Annual report of the Bengal Veterinary College and of the Civil Veterinary Department, Bengal, for the year 1899-1900 - 1899-1900
Year: 1899
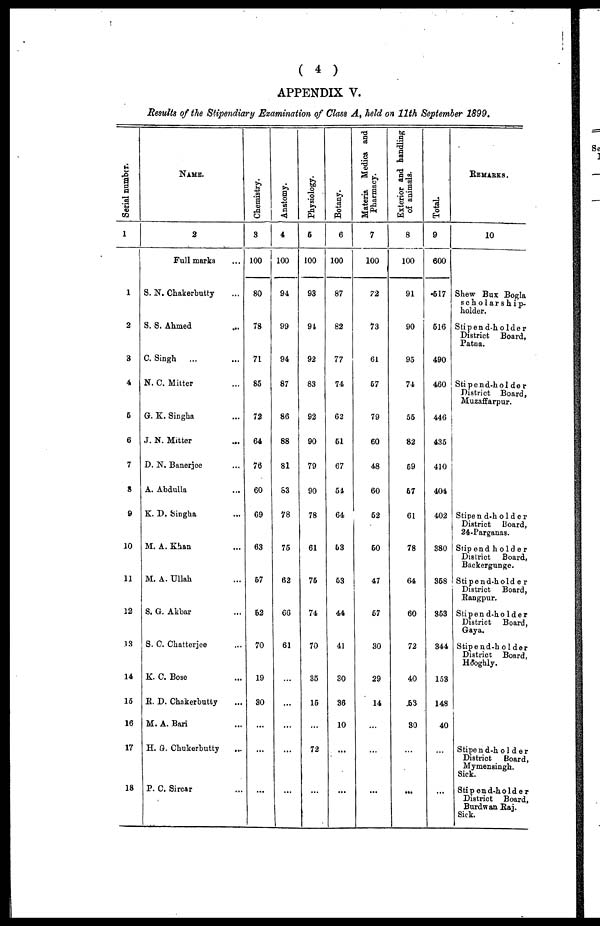
( 4 )
APPENDIX V.
Results of the Stipendiary Examination of Class A, held on 11th September 1899.
Serial number.
1
1
2
3
4
5
6
7
8
9
10
11
12
13
14
15
16
17
18
Name.
2
Full marks ...
S. N. Chakerbutty ...
S. S. Ahmed ...
C. Singh
... ...
N. C. Mitter ...
G. K. Singha ...
J. N. Mitter ...
D. N. Banerjee ...
A. Abdulla ...
K. D. Singha ...
M. A. Khan ...
M. A. Ullah ...
S. G. Akbar ...
S. C. Chatterjee ...
K. C. Bose ...
E. D. Chakerbutty ...
M. A. Bari ...
H. G. Chukerbutty ...
P. C. Sircar ...
Chemistry.
3
100
80
78
71
85
72
64
76
60
69
63
57
62
70
19
30
...
...
...
Anatomy.
4
100
94
99
94
87
86
88
81
83
78
75
62
60
61
...
...
...
...
...
Physiology.
5
100
93
94
92
83
92
90
79
90
78
61
75
74
70
35
15
...
72
...
Botany.
6
100
87
82
77
74
62
51
67
54
64
53
53
44
41
30
36
10
...
...
Materia Medica and
Pharmacy.
7
100
72
73
61
57
79
60
48
60
52
50
47
67
30
29
14
...
...
...
Exterior and handling
of animals.
8
100
91
90
95
74
55
82
59
57
61
78
64
60
72
40
53
30
...
...
Total.
9
600
517
516
490
460
446
435
410
404
402
380
358
353
344
153
148
40
...
...
Remarks.
10
Shew Bux Bogla
scholarship.
holder.
Stipend-holder
District Board,
Patna.
Stipend-holder
District Board,
Muzaffarpur.
Stipend-holder
District Board,
24-Parganas.
Stipend holder
District Board,
Backergunge.
Stipend-holder
District Board,
Rangpur.
Stipend-holder
District Board,
Gaya.
Stipend-holder
District Board,
Hooghly.
Stipend-holder
District
Board,
Mymensingh.
Sick.
Stipend-holder
District Board,
Burdwan Raj.
Sick.